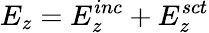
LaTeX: E_{z}=E_{z}^{inc}+E_{z}^{sct}